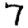
Digit: 7